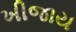
ખીજાય